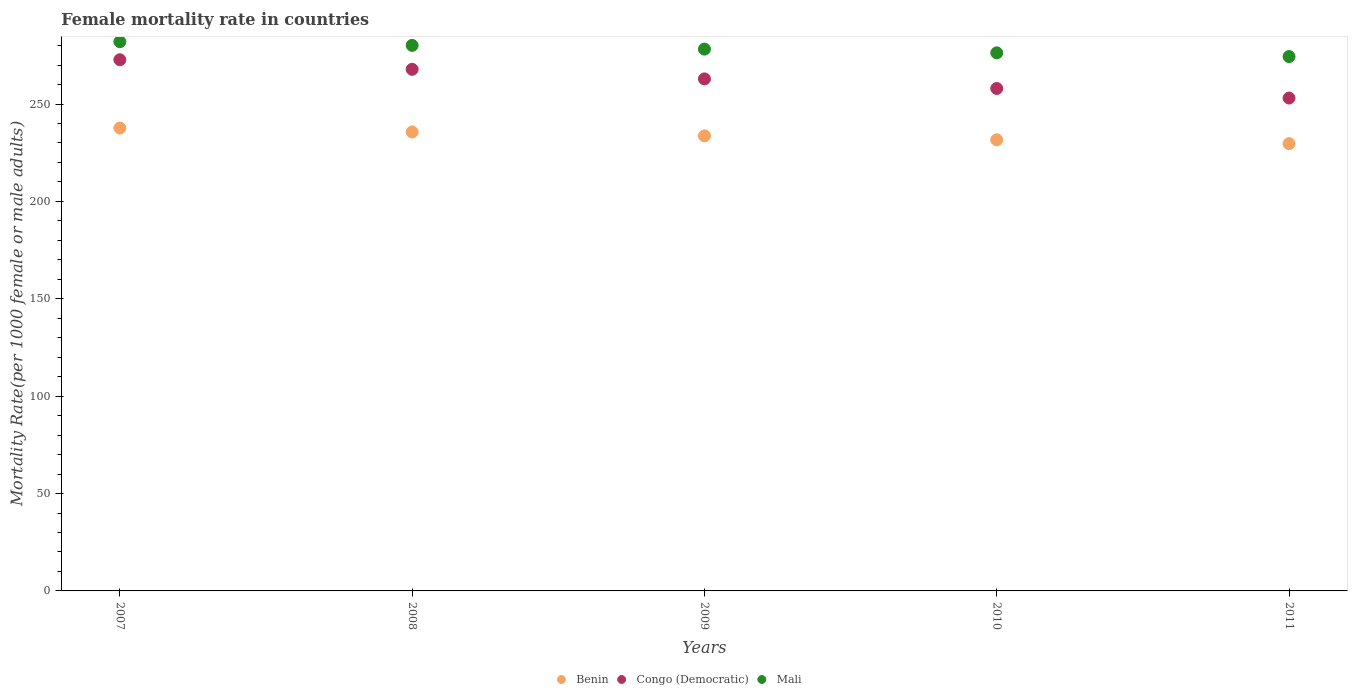
| Years | Benin | Congo (Democratic) | Mali |
 | --- | --- | --- | --- |
 | 2007 | 238 | 273 | 282 |
 | 2008 | 236 | 268 | 280 |
 | 2009 | 234 | 263 | 278 |
 | 2010 | 232 | 258 | 276 |
 | 2011 | 230 | 253 | 274 |